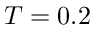
T = 0 . 2